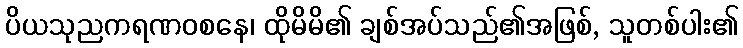
ပိယသုညကရဏဝစနေ၊ ထိုမိမိ၏ ချစ်အပ်သည်၏အဖြစ်, သူတစ်ပါး၏